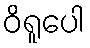
ဝိရူပေါ